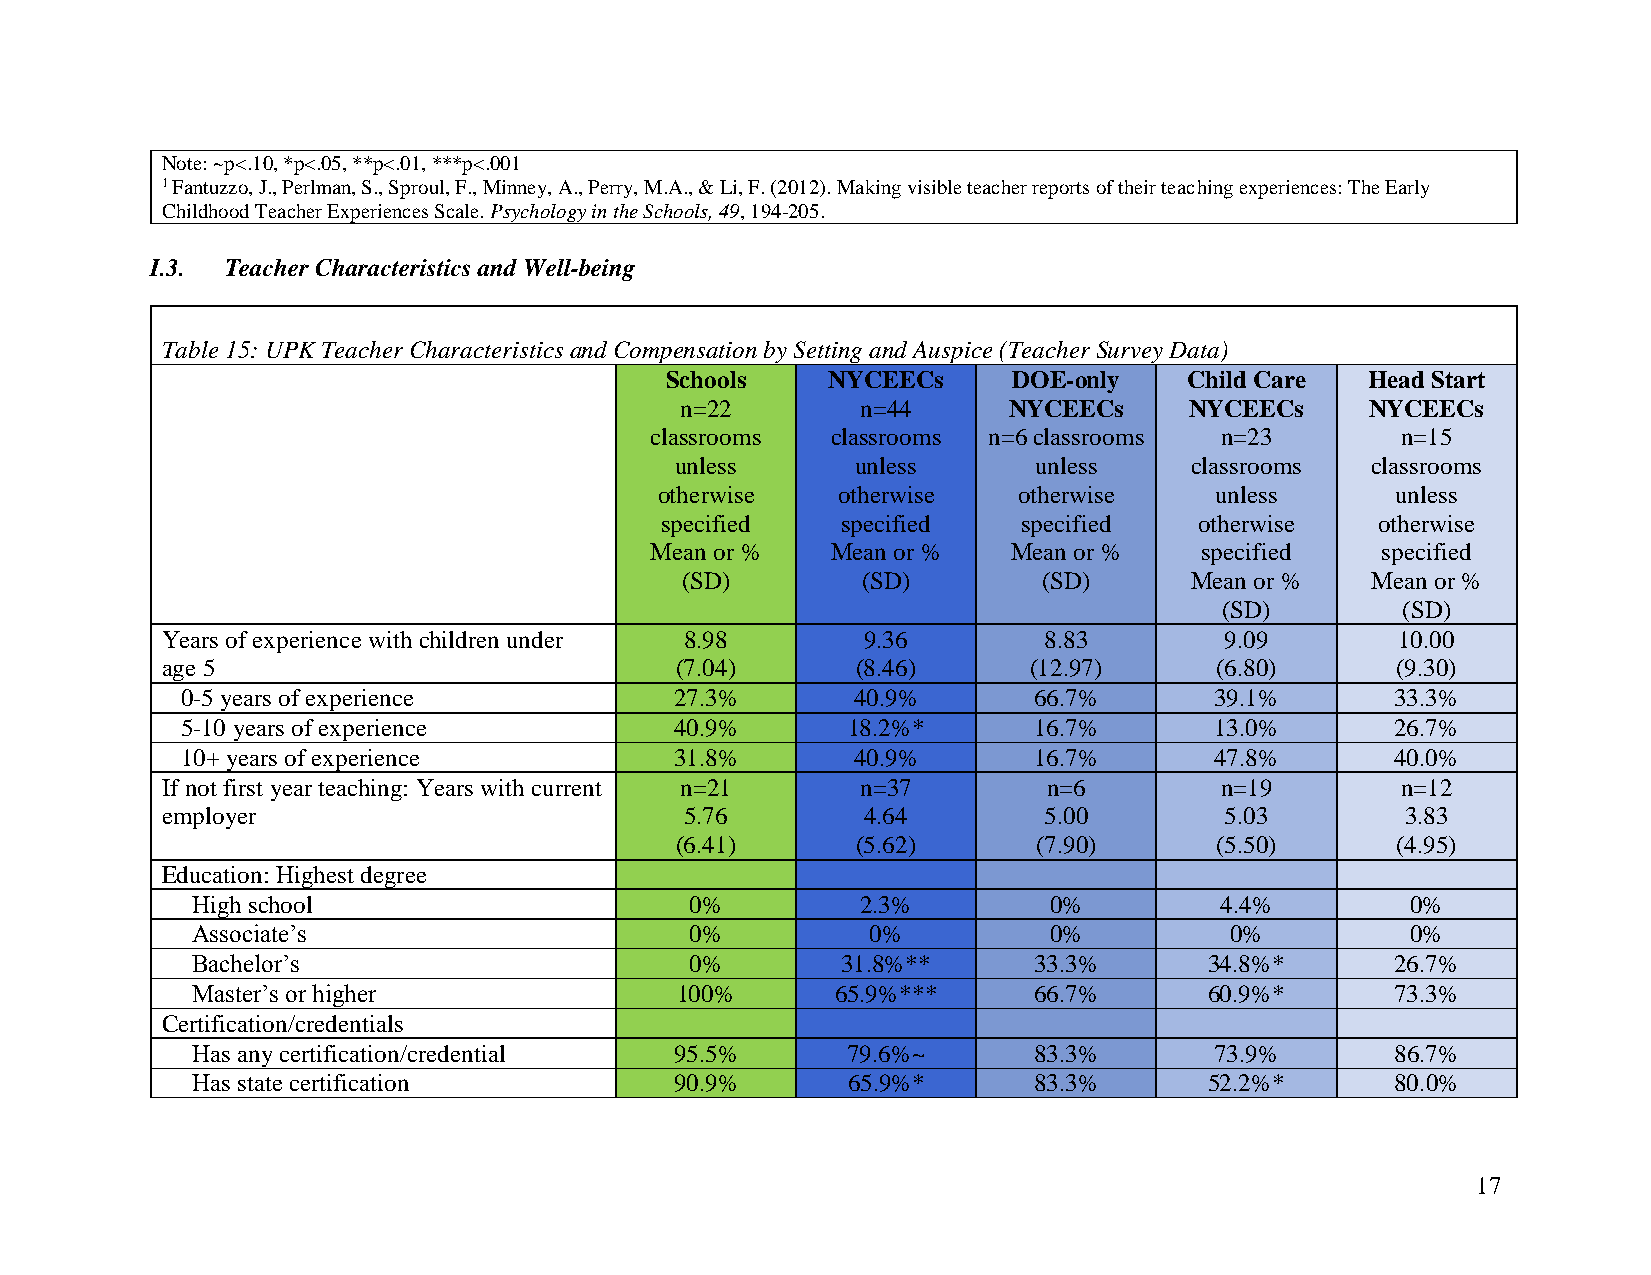
Note: ~p<.10, *p<.05, **p<.01, ***p<.001
 1 Fantuzzo, J., Perlman, S., Sproul, F., Minney, A., Perry, M.A., & Li, F. (2012). Making visible teacher reports of their teaching experiences: The Early
 Childhood Teacher Experiences Scale. Psychology in the Schools, 49, 194-205.
 I.3. Teacher Characteristics and Well-being
 Table 15: UPK Teacher Characteristics and Compensation by Setting and Auspice (Teacher Survey Data)
 Schools    NYCEECs     DOE-only    Child Care  Head Start
 n=22        n=44      NYCEECs     NYCEECs     NYCEECs
 classrooms  classrooms n=6 classrooms n=23        n=15
 unless      unless     unless     classrooms  classrooms
 otherwise  otherwise   otherwise    unless      unless
 specified   specified   specified  otherwise   otherwise
 Mean or %   Mean or %   Mean or %   specified   specified
 (SD)        (SD)        (SD)      Mean or %   Mean or %
 (SD)        (SD)
 Years of experience with children under 8.98  9.36        8.83        9.09        10.00
 age 5                             (7.04)      (8.46)     (12.97)     (6.80)      (9.30)
 0-5 years of experience          27.3%      40.9%       66.7%       39.1%       33.3%
 5-10 years of experience         40.9%      18.2%*      16.7%       13.0%       26.7%
 10+ years of experience          31.8%      40.9%       16.7%       47.8%       40.0%
 If not first year teaching: Years with current n=21 n=37  n=6         n=19        n=12
 employer                          5.76        4.64        5.00        5.03        3.83
 (6.41)      (5.62)      (7.90)     (5.50)      (4.95)
 Education: Highest degree
 High school                      0%         2.3%        0%          4.4%        0%
 Associate’s                      0%          0%         0%          0%          0%
 Bachelor’s                       0%        31.8%**     33.3%       34.8%*      26.7%
 Master’s or higher              100%      65.9%***     66.7%       60.9%*      73.3%
 Certification/credentials
 Has any certification/credential 95.5%     79.6%~      83.3%       73.9%       86.7%
 Has state certification         90.9%      65.9%*      83.3%       52.2%*      80.0%
 17